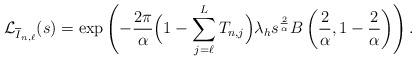
LaTeX: \begin{align*}\mathcal L_{\overline{I}_{n,\ell}}(s)=\exp\left(-\frac{2\pi}{\alpha}\Big(1-\sum_{j=\ell}^L T_{n,j}\Big)\lambda_hs^{\frac{2}{\alpha}}B\left(\frac{2} {\alpha},1-\frac{2}{\alpha}\right)\right).\end{align*}